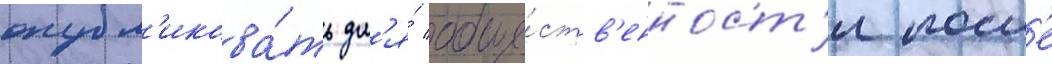
опубл'икова́ть дл'я́ обще́ств'енност'и посл'е